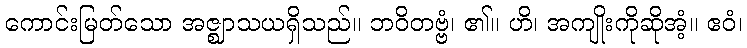
ကောင်းမြတ်သော အဇ္ဈာသယရှိသည်။ ဘဝိတဗ္ဗံ၊ ၏။ ဟိ၊ အကျိုးကိုဆိုအံ့။ ဧဝံ၊